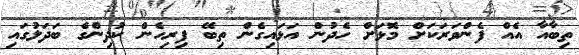
ތިބާއާ އެއް ފެންވަރަކަށް މޮޅަށް ހެދުން އަޅައިގެން ތިބޭ ފިރިހެން ކުދިންގެ ބަދަލުގައި